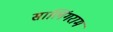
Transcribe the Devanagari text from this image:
सालिंगराम